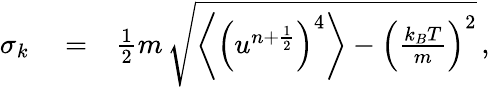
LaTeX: \begin{array}{rlr}{\sigma_{k}}&{{}=}&{\frac{1}{2}m\, \sqrt{\left\langle\left(u^{n+\frac{1}{2}}\right)^{4}\right\rangle-\left(\frac{k_{B}T}{m}\right)^{2}}\, ,}\end{array}